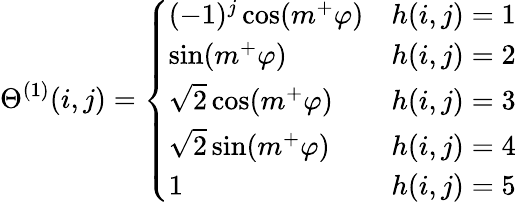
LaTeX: \Theta^{(1)}(i,j)=\left\{ \begin{array}{ll}{(-1)^{j}\cos(m^{+}\varphi)}&{h(i,j)=1}\\ {\sin(m^{+}\varphi)}&{h(i,j)=2}\\ {\sqrt{2}\cos(m^{+}\varphi)}&{h(i,j)=3}\\ {\sqrt{2}\sin(m^{+}\varphi)}&{h(i,j)=4}\\ {1}&{h(i,j)=5}\end{array}\right.